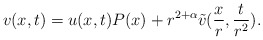
\begin{align*}v(x,t)= u(x,t) P(x) + r^{2+\alpha} \tilde v(\frac{x}{r},\frac{t}{r^2}).\end{align*}